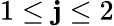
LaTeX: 1\le\mathbf{j}\le2